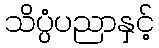
သိပ္ပံပညာနှင့်